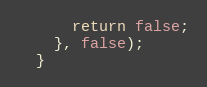
Language: JavaScript
      return false;
    }, false);
  }